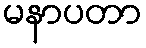
မနာပတာ